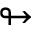
\looparrowright